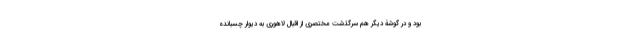
بود و در گوشۀ دیگر هم سرگذشت مختصری از اقبال لاهوری به دیوار چسبانده